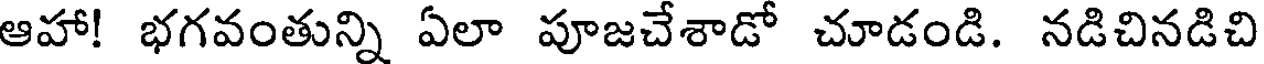
ఆహా! భగవంతున్ని ఏలా పూజచేశాడో చూడండి. నడిచినడిచి